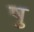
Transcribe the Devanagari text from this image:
षु